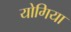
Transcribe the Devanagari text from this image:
योगिया